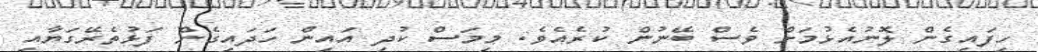
ހިފައިގެން ލޮނުއެޅުމަށް ވެސް ބޭނުން ކުރެއެވެ. މިމަސް ކުދި އައިން ހަދައިގެން ފަޅުތެރޭގަޔާއި